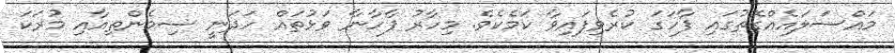
މައްސަލައެއްގޮތުގައި ފާހަގަ ކުރެވިފައިވާ ކަމެކެވެ. މިހާރު ފާހާނާ ވަޅުތައް ހަދަނީ ސިމެންތިއާއި މުރަކަ